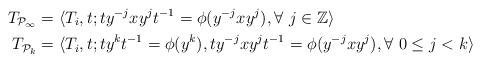
LaTeX: \begin{align*}T_{\mathcal{P}_{\infty}}&=\langle T_i, t; ty^{-j}xy^jt^{-1}=\phi(y^{-j}xy^j), \forall~j\in\mathbb{Z}\rangle\\T_{\mathcal{P}_k}&=\langle T_i, t; ty^kt^{-1}=\phi(y^k), ty^{-j}xy^jt^{-1}=\phi(y^{-j}xy^j), \forall~0\leq j<k\rangle\end{align*}